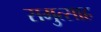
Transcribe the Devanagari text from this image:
समुत्साह